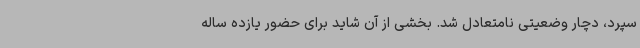
سپرد، دچار وضعیتی نامتعادل شد. بخشی از آن شاید برای حضور یازده ساله